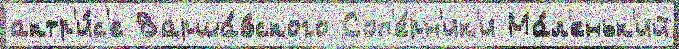
актр'и́с'е Варша́вского Соп'е́рн'ик'и Ма́л'еньк'ий